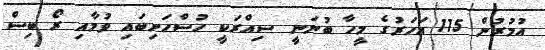
އުމުރުން 115 އަހަރުގެ މީހާ ބުނަނީ ސިއްރަކީ ހުސްހަށިބައި ވުމާއި ރޯ ބިސް